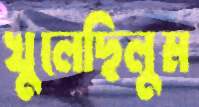
খুলেছিলুম